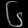
Digit: ၆